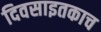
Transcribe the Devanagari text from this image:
दिवसाइतकाच